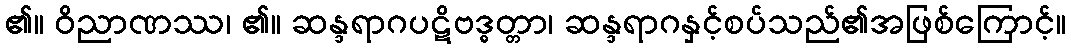
၏။ ဝိညာဏဿ၊ ၏။ ဆန္ဒရာဂပဋိဗဒ္ဓတ္တာ၊ ဆန္ဒရာဂနှင့်စပ်သည်၏အဖြစ်ကြောင့်။